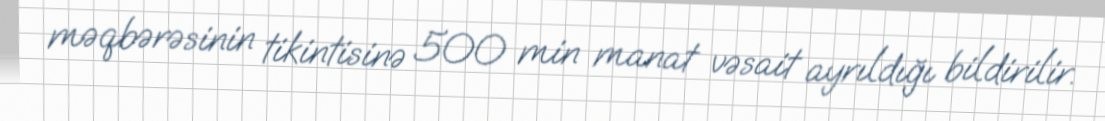
məqbərəsinin tikintisinə 500 min manat vəsait ayrıldığı bildirilir.